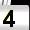
Digit: 4